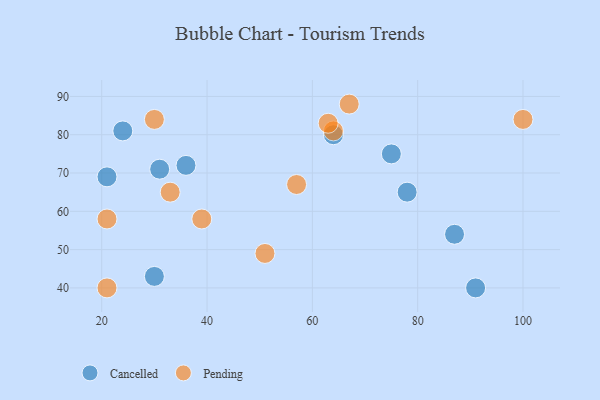
{"axis": {"x": "GDP", "y": "Life Expectancy"}, "legend": ["Cancelled", "Pending"], "data": [{"x": "75", "y": 75, "type": "Cancelled"}, {"x": "31", "y": 71, "type": "Cancelled"}, {"x": "64", "y": 80, "type": "Cancelled"}, {"x": "78", "y": 65, "type": "Cancelled"}, {"x": "24", "y": 81, "type": "Cancelled"}, {"x": "30", "y": 43, "type": "Cancelled"}, {"x": "21", "y": 69, "type": "Cancelled"}, {"x": "87", "y": 54, "type": "Cancelled"}, {"x": "91", "y": 40, "type": "Cancelled"}, {"x": "36", "y": 72, "type": "Cancelled"}, {"x": "64", "y": 81, "type": "Pending"}, {"x": "30", "y": 84, "type": "Pending"}, {"x": "100", "y": 84, "type": "Pending"}, {"x": "39", "y": 58, "type": "Pending"}, {"x": "51", "y": 49, "type": "Pending"}, {"x": "33", "y": 65, "type": "Pending"}, {"x": "21", "y": 58, "type": "Pending"}, {"x": "57", "y": 67, "type": "Pending"}, {"x": "63", "y": 83, "type": "Pending"}, {"x": "67", "y": 88, "type": "Pending"}, {"x": "21", "y": 40, "type": "Pending"}]}